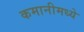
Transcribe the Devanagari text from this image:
कमानीमध्ये